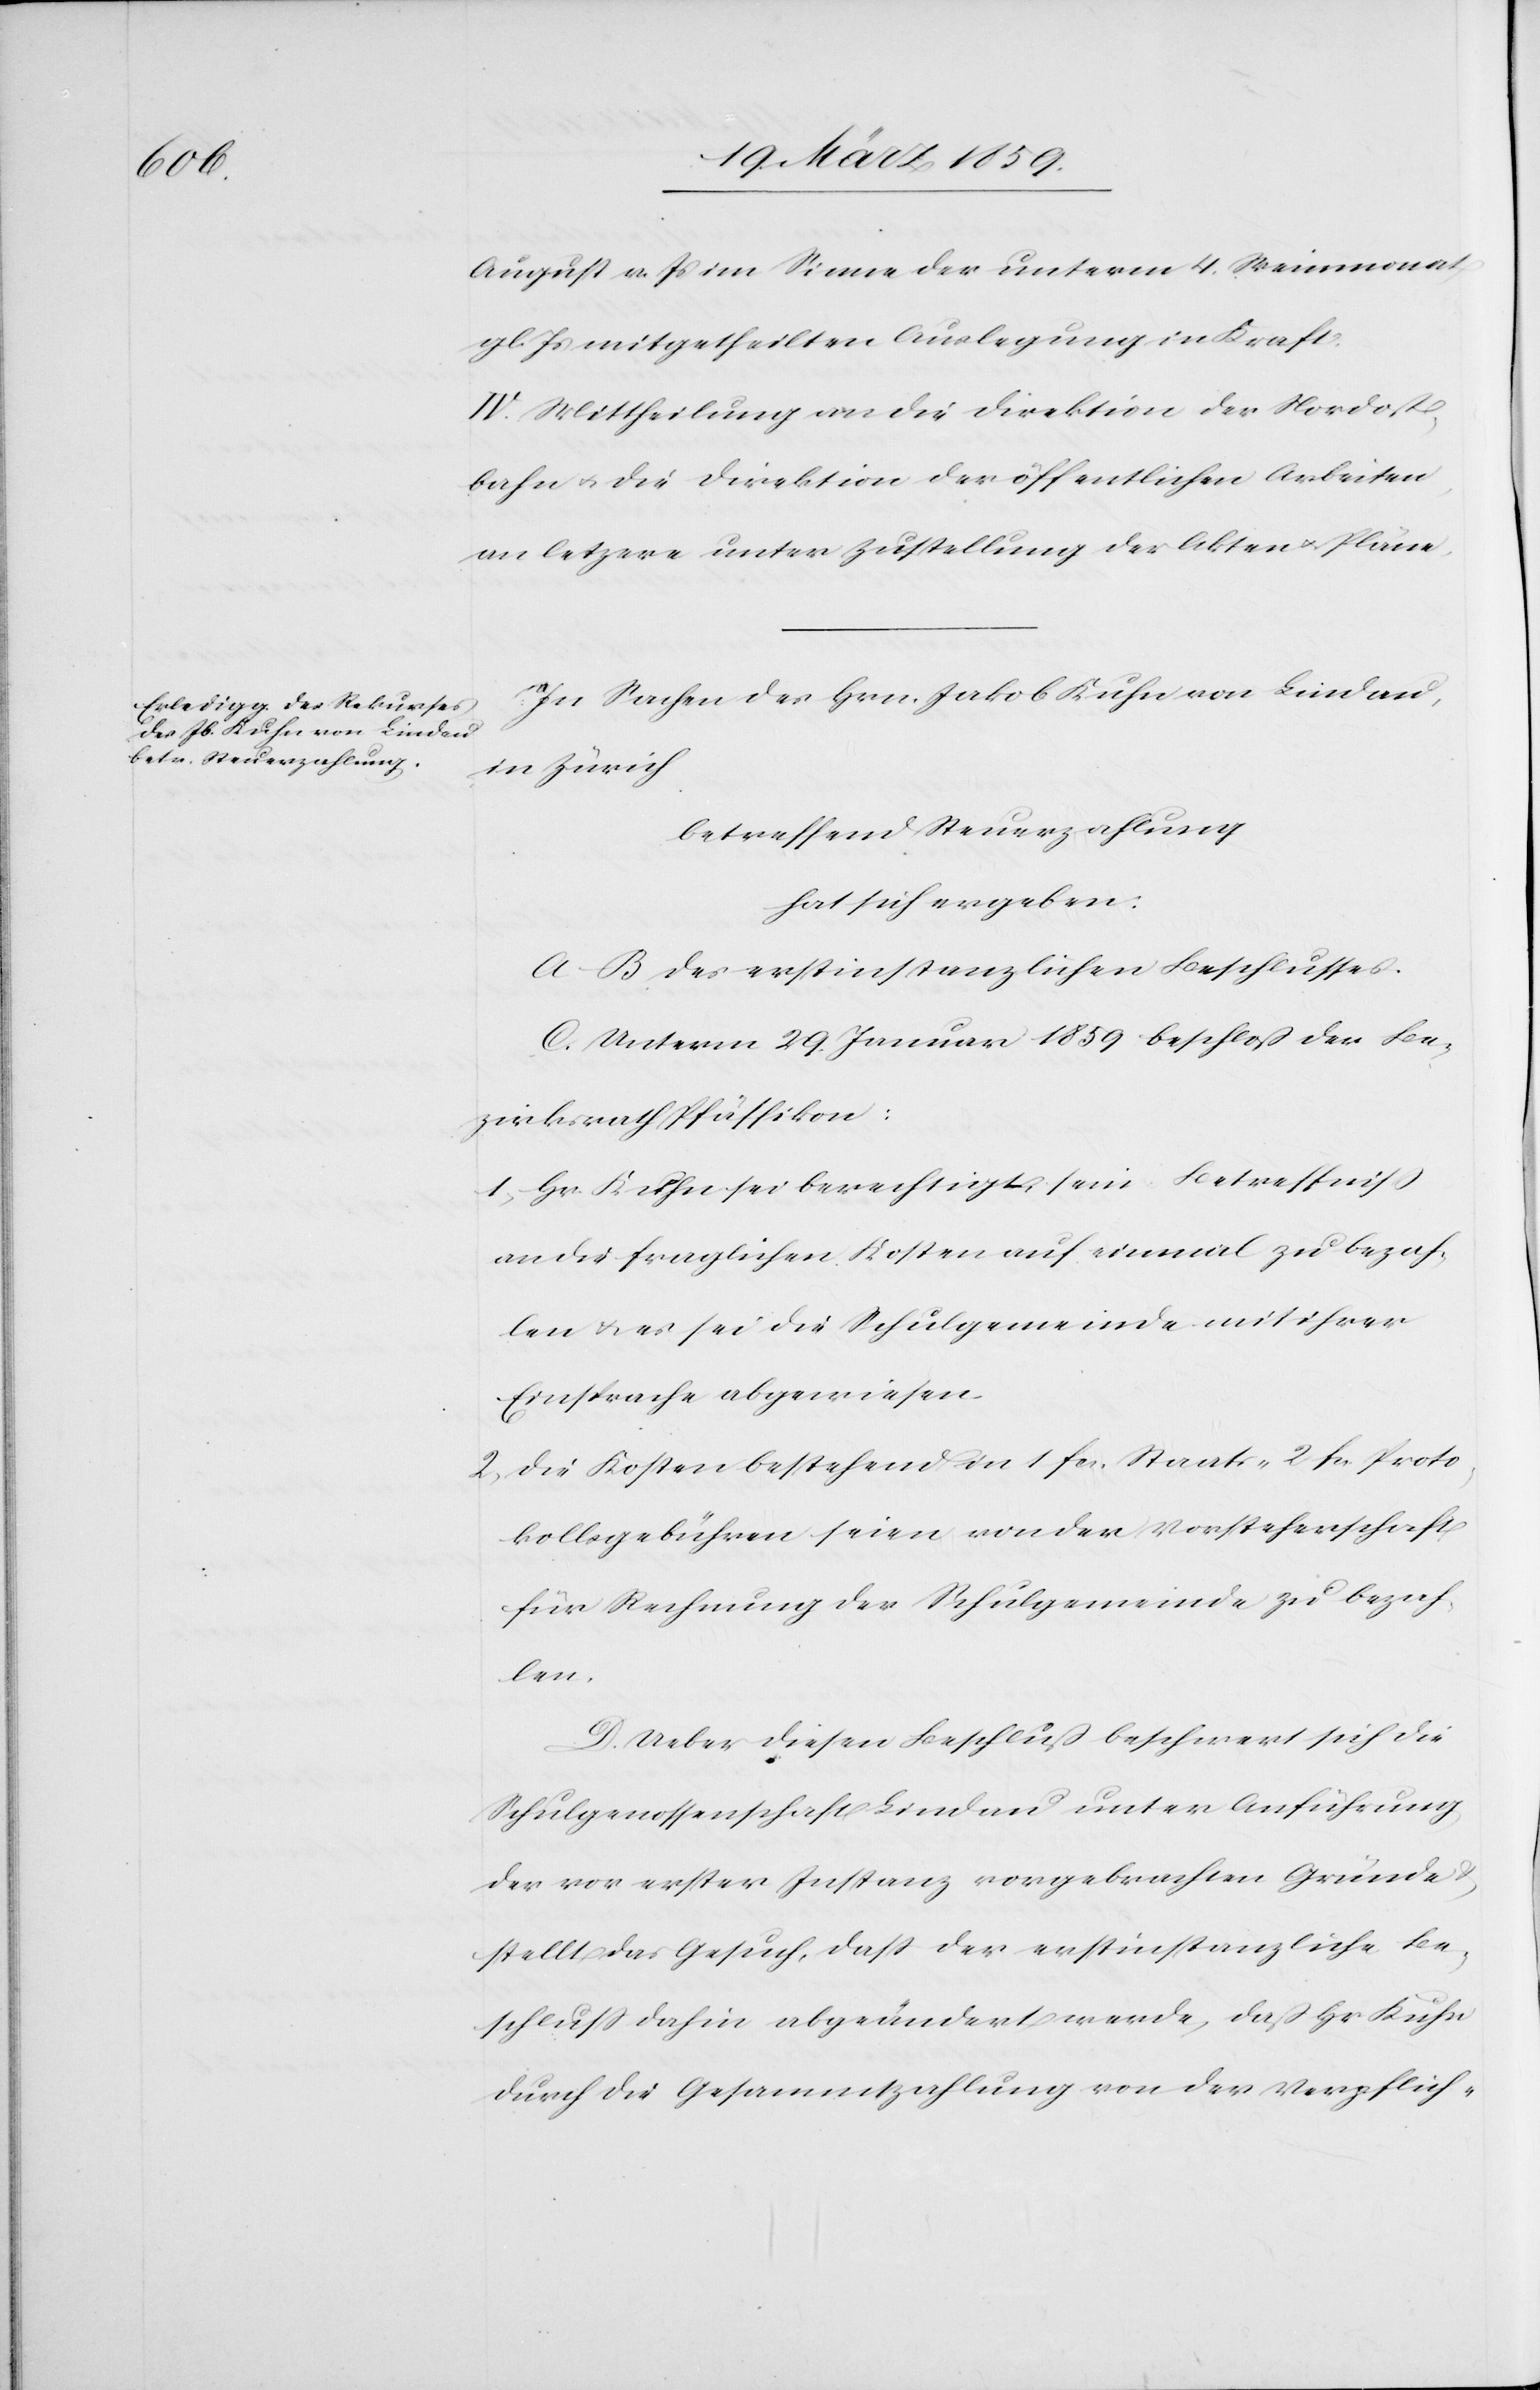
August v. Js im Sinne der unterm 4. Weinmonat
gl. Js mitgetheilten Auslegung in Kraft:
IV. Mittheilung an die Direktion der Nordost¬
bahn u. die Direktion der öffentlichen Arbeiten,
an letzere unter Zustellung der Akten u. Pläne.
In Sachen des Hrn. Jakob Kuhn von Lindau,
in Zürich
betreffend Steuerzahlung
hat sich ergeben:
A.–B. des erstinstanzlichen Beschlusses.
C. Unterm 29. Januar 1859 beschloß der Be¬
zirksrath Pfäffikon:
1) Hr. Kuhn sei berechtigt, sein Betreffniß
an die fraglichen Kosten auf einmal zu bezah¬
len & es sei die Schulgemeinde mit ihrer
Einsprache abgewiesen.
2) Die Kosten bestehen in 1 fcs. Staats-[,] 2 fcs. Proto¬
kollgebühren seien von der Vorsteherschaft
für Rechnung der Schulgemeinde zu bezah¬
len.
D. Ueber diesen Beschluß beschwert sich die
Schulgenossenschaft Lindau unter Anführung
der vor erster Instanz vorgebrachten Gründe &
stellt das Gesuch, daß der erstinstanzliche Be¬
schluß dahin abgeändert werde, daß Hr Kuhn
durch die Gesammtzahlung von der Verpflich-